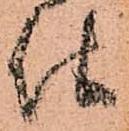
仕